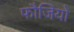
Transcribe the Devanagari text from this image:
फौजियो